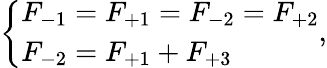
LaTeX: \left\{ \begin{array}{ll}{F_{-1}=F_{+1}=F_{-2}=F_{+2}}\\ {F_{-2}=F_{+1}+F_{+3}}\end{array}\right.,